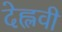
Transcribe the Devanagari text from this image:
देह्लवी